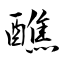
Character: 醮